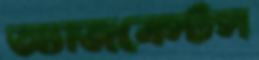
অ্যাজবেস্টস